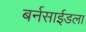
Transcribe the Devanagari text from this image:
बर्नसाईडला